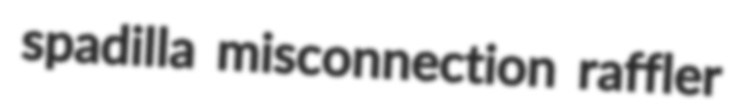
spadilla misconnection raffler